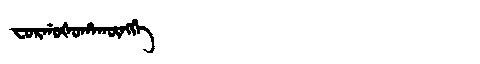
Manchu: ᠸᠣᡵᡤᠣᡧᠣᡥᠠᡴᡡᠩᡤᡝ
Romanization: FORGOŠOHAKŪNGGE